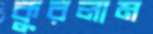
কুরলাম